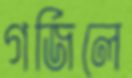
গর্জিলে